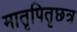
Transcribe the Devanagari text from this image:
मातृपितृछत्र